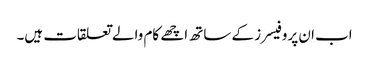
اب ان پروفیسرز کے ساتھ اچھے کام والے تعلقات ہیں۔